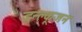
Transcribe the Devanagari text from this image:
इन्क्लूजन